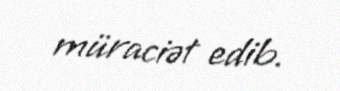
müraciət edib.